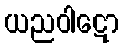
ယညဝါဋော